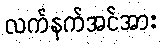
လက်နက်အင်အား